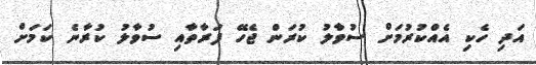
އަދި ހެކި އެއްކުރުމަށް ސުވާލު ކުރަން ޖެހޭ ފަރާތާއި ސުވާލު ކުރާނެ ކަމަށް